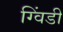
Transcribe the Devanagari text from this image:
ग्विंडी